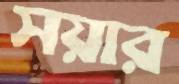
সয়ার